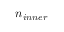
n _ { i n n e r }